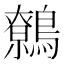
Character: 鷯